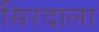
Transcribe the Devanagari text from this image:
सिरदाला